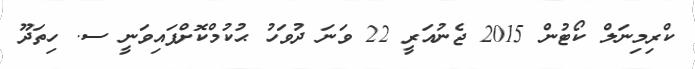
ކްރިމިނަލް ކޯޓުން 2015 ޖެނުއަރީ 22 ވަނަ ދުވަހު ޙުކުމްކޮށްފައިވަނީ ސ. ހިތަދޫ